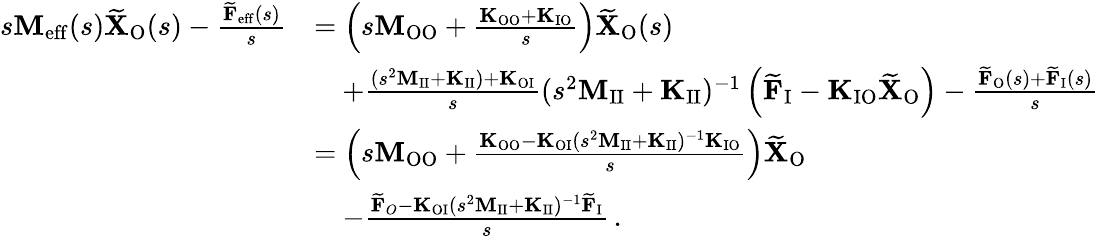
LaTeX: \begin{array}{rl}{s\mathbf{M}_{\mathrm{eff}}(s)\widetilde{\mathbf{X}}_{\mathrm{O}}(s)-\frac{\widetilde{\mathbf{F}}_{\mathrm{eff}}(s)}{s}}&{=\left(s\mathbf{M}_{\mathrm{OO}}+\frac{\mathbf{K}_{\mathrm{OO}}+\mathbf{K}_{\mathrm{IO}}}{s}\right)\widetilde{\mathbf{X}}_{\mathrm{O}}(s)}\\ &{\quad+\frac{(s^{2}\mathbf{M}_{\mathrm{II}}+\mathbf{K}_{\mathrm{II}})+\mathbf{K}_{\mathrm{OI}}}{s}(s^{2}\mathbf{M}_{\mathrm{II}}+\mathbf{K}_{\mathrm{II}})^{-1}\left(\widetilde{\mathbf{F}}_{\mathrm{I}}-\mathbf{K}_{\mathrm{IO}}\widetilde{\mathbf{X}}_{\mathrm{O}}\right)-\frac{\widetilde{\mathbf{F}}_{\mathrm{O}}(s)+\widetilde{\mathbf{F}}_{\mathrm{I}}(s)}{s}}\\ &{=\left(s\mathbf{M}_{\mathrm{OO}}+\frac{\mathbf{K}_{\mathrm{OO}}-\mathbf{K}_{\mathrm{OI}}(s^{2}\mathbf{M}_{\mathrm{II}}+\mathbf{K}_{\mathrm{II}})^{-1}\mathbf{K}_{\mathrm{IO}}}{s}\right)\widetilde{\mathbf{X}}_{\mathrm{O}}}\\ &{\quad-\frac{\widetilde{\mathbf{F}}_{O}-\mathbf{K}_{\mathrm{OI}}(s^{2}\mathbf{M}_{\mathrm{II}}+\mathbf{K}_{\mathrm{II}})^{-1}\widetilde{\mathbf{F}}_{\mathrm{I}}}{s}\, .}\end{array}